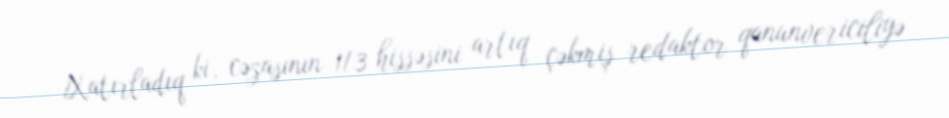
Xatırladıq ki, cəzasının 1/3 hissəsini artıq çəkmiş redaktor qanunvericiliyə